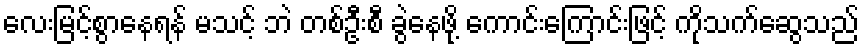
လေးမြင့်စွာနေရန် မသင့် ဘဲ တစ်ဦးစီ ခွဲနေဖို့ ကောင်းကြောင်းဖြင့် ကိုသက်ဆွေသည်